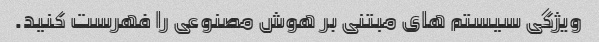
ویژگی سیستم های مبتنی بر هوش مصنوعی را فهرست کنید.